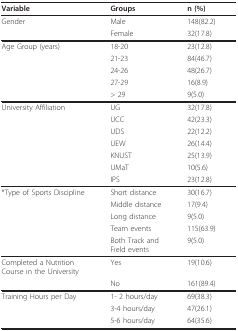
| Variable | Groups | n (%) |
 | --- | --- | --- |
 | Gender | Male | 148(82.2) |
 |  | Female | 32(17.8) |
 | Age Group (years) | 18-20 | 23(12.8) |
 |  | 21-23 | 84(46.7) |
 |  | 24-26 | 48(26.7) |
 |  | 27-29 | 16(8.9) |
 |  | > 29 | 9(5.0) |
 | University Affiliation | UG | 32(17.8) |
 |  | UCC | 42(23.3) |
 |  | UDS | 22(12.2) |
 |  | UEW | 26(14.4) |
 |  | KNUST | 25(13.9) |
 |  | UMaT | 10(5.6) |
 |  | IPS | 23(12.8) |
 | *Type of Sports Discipline | Short distance | 30(16.7) |
 |  | Middle distance | 17(9.4) |
 |  | Long distance | 9(5.0) |
 |  | Team events | 115(63.9) |
 |  | Both Track and Field events | 9(5.0) |
 | Completed a Nutrition Course in the University | Yes | 19(10.6) |
 |  | No | 161(89.4) |
 | Training Hours per Day | 1- 2 hours/day | 69(38.3) |
 |  | 3-4 hours/day | 47(26.1) |
 |  | 5-6 hours/day | 64(35.6) |